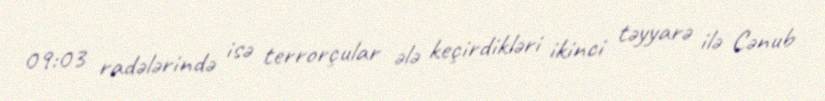
09:03 radələrində isə terrorçular ələ keçirdikləri ikinci təyyarə ilə Cənub